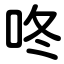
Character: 咚